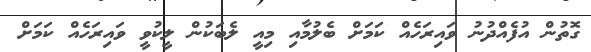
ގޮތުން އުފެއްދުނު ވައިރަހެއް ކަމަށް ބެލުމާއި މިއީ ލެބަކުން ލީކުވީ ވައިރަހެއް ކަމަށް